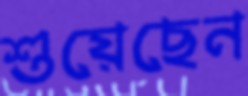
শুয়েছেন